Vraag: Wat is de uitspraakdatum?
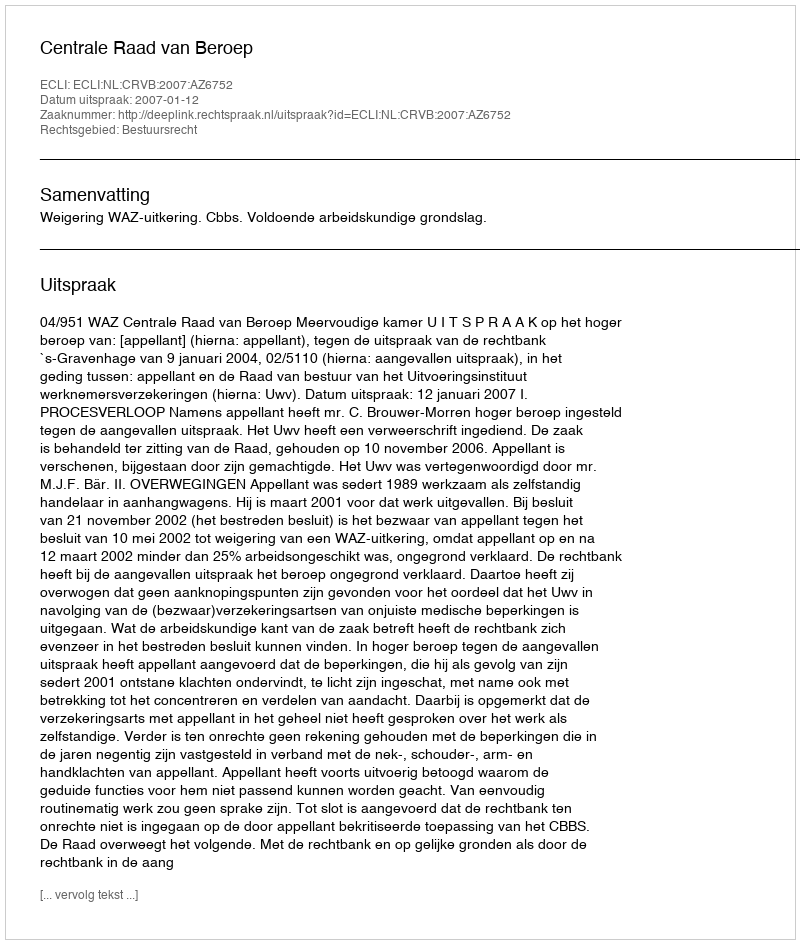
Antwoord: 2007-01-12